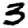
Digit: 3